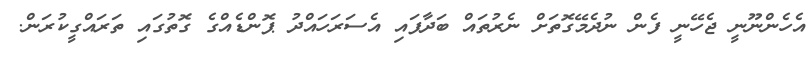
އެހެންނޫނީ ޖެހޭނީ ފެން ނުދެމޭގޮތަށް ނެރުތައް ބަދާފައި އެސަރަހައްދު ޕޮންޑެއްގެ ގޮތުގައި ތަރައްގީކުރަން.